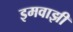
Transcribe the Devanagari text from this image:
इमवाझी